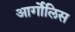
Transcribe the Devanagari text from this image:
आर्गोलिस